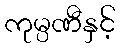
ကုမ္ပဏီနှင့်